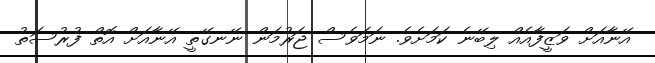
އޭނާއަށް ވަޒީފާއެއް ލިބޭނެ ކަމަށެވެ. ނަމަވެސް ޖަރުމަން ނޭނގޭތީ އޭނާއަށް އޮތް ފުރުސަތު